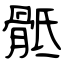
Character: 骶